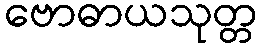
ဗောဓာယသုတ္တ